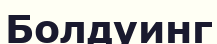
Болдуинг